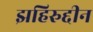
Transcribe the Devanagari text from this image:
झहिरुद्दीन